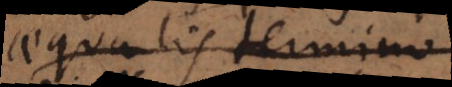
aequalis termino